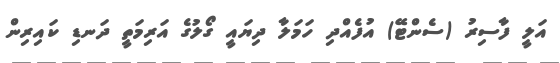
އަލީ ފާސިރު (ސެންޓޭ) އުފެއްދި ހަމަލާ ދިޔައީ ގޯލުގެ އަރިމަތީ ދަނޑި ކައިރިން